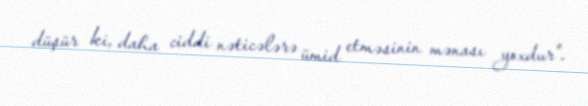
düşür ki, daha ciddi nəticələrə ümid etməsinin mənası yoxdur".